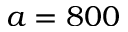
a = 8 0 0